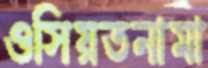
ওসিয়তনামা